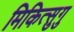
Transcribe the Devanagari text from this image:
मिकित्सुगु